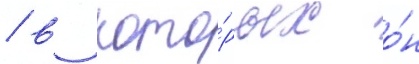
/ в кото́рых о́н